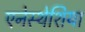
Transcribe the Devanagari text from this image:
एनेस्थेशिया